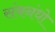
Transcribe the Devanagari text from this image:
संबनंधो